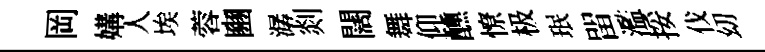
岡媾人埃蓉豳潺剡闊舞仰醺憭极珉㽞濫挼伐㓜